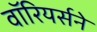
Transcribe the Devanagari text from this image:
वॉरियर्सने